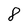
Character: 8